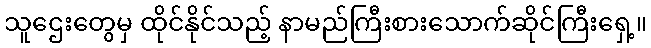
သူဌေးတွေမှ ထိုင်နိုင်သည့် နာမည်ကြီးစားသောက်ဆိုင်ကြီးရှေ့။